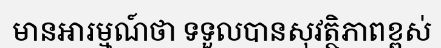
មានអារម្មណ៍ថា ទទួលបានសុវត្ថិភាពខ្ពស់